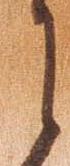
え